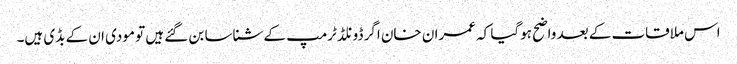
اس ملاقات کے بعد واضح ہوگیا کہ عمران خان اگر ڈونلڈ ٹرمپ کے شناسا بن گئے ہیں تو مودی ان کے بڈی ہیں۔